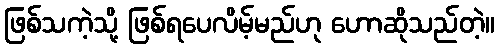
ဖြစ်သကဲ့သို့ ဖြစ်ရပေလိမ့်မည်ဟု ဟောဆိုသည်တဲ့။